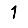
Digit: 1